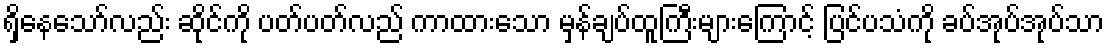
ရှိနေသော်လည်း ဆိုင်ကို ပတ်ပတ်လည် ကာထားသော မှန်ချပ်ထူကြီးများကြောင့် ပြင်ပသံကို ခပ်အုပ်အုပ်သာ